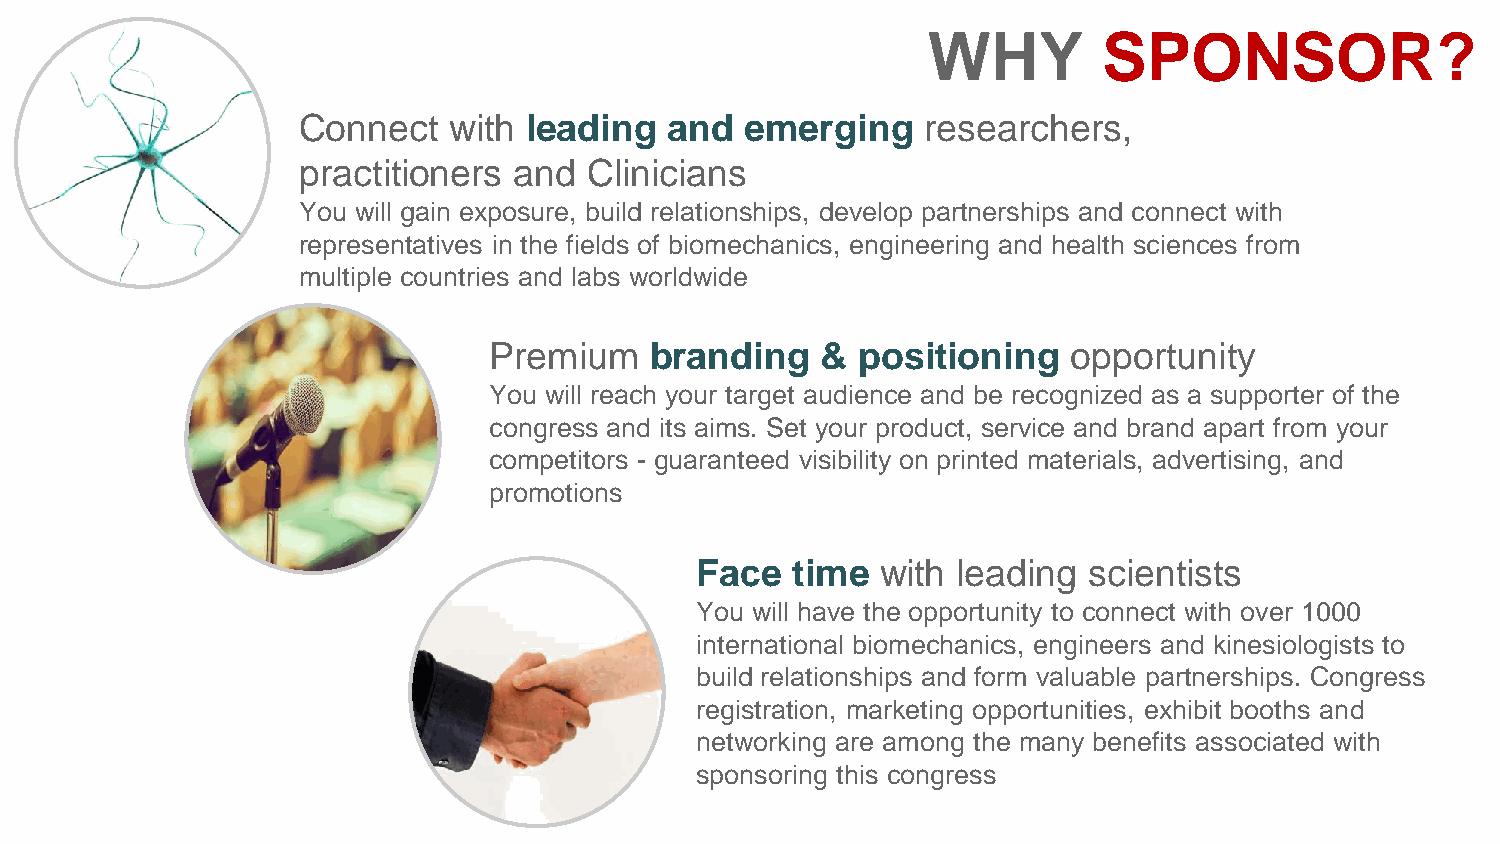
WHY         SPONSOR?
 Connect   with leading  and  emerging    researchers,
 practitioners and  Clinicians
 You will gain exposure, build relationships, develop partnerships and connect with
 representatives in the fields of biomechanics, engineering and health sciences from
 multiple countries and labs worldwide
 Premium    branding   &  positioning   opportunity
 You will reach your target audience and be recognized as a supporter of the
 congress and its aims. Set your product, service and brand apart from your
 competitors - guaranteed visibility on printed materials, advertising, and
 promotions
 Face  time  with leading  scientists
 You will have the opportunity to connect with over 1000
 international biomechanics, engineers and kinesiologists to
 build relationships and form valuable partnerships. Congress
 registration, marketing opportunities, exhibit booths and
 networking are among the many benefits associated with
 sponsoring this congress